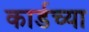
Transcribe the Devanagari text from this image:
कार्डच्या